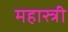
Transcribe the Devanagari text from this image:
महास्त्री